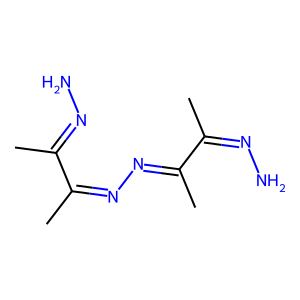
SMILES: CC(=NN)C(C)=NN=C(C)C(C)=NN
Inhibits HIV replication: No